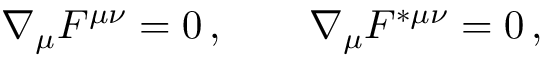
\nabla _ { \mu } F ^ { \mu \nu } = 0 \, , \qquad \nabla _ { \mu } F ^ { * \mu \nu } = 0 \, ,